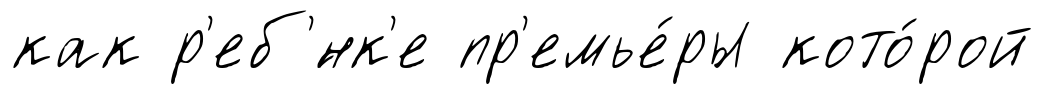
как р'еб'́нк'е пр'емье́ры кото́рой